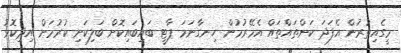
މީގެއިތުރުން އެފަދަ ކަންތައްތައް އެމޭރުމުން ހިނގާނަމަ ޕާޓީ ބައިބައިކޮށް ބަލިކަށި ކުރުމަށް އިދިކޮޅު